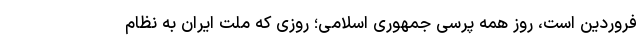
فروردین است، روز همه پرسی جمهوری اسلامی؛ روزی که ملت ایران به نظام